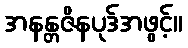
အနန္တဇိနပုဒ်အဖွင့်။